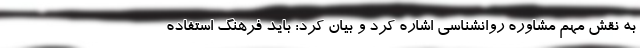
به نقش مهم مشاوره روانشناسی اشاره کرد و بیان کرد: باید فرهنگ استفاده